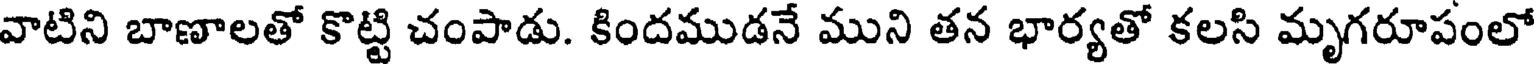
వాటిని బాణాలతో కొట్టి చంపాడు. కిందముడనే ముని తన భార్యతో కలసి మృగరూపంలో